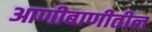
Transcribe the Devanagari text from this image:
आणीबाणीतील